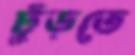
ঢুঁড়তে